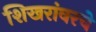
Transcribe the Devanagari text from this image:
शिखरांवरचे